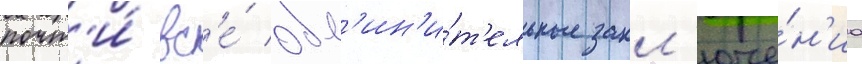
почт'и́ вс'е́ обв'ин'и́т'ельные закл'юче́н'иа